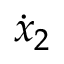
\dot { x } _ { 2 }